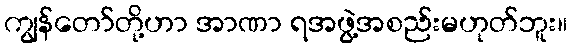
ကျွန်တော်တို့ဟာ အာဏာ ရအဖွဲ့အစည်းမဟုတ်ဘူး။